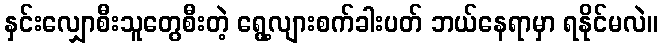
နှင်းလျှောစီးသူတွေစီးတဲ့ ရွေ့လျားစက်ခါးပတ် ဘယ်နေရာမှာ ရနိုင်မလဲ။